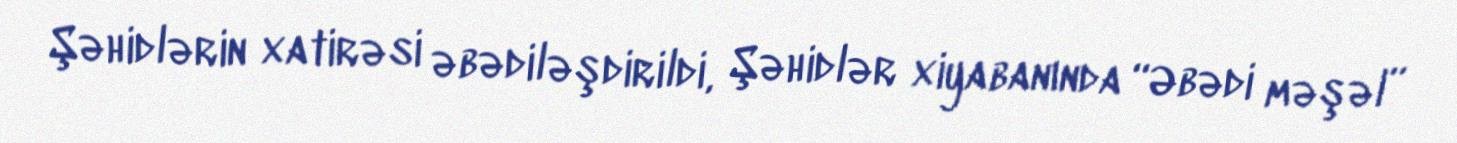
Şəhidlərin xatirəsi əbədiləşdirildi, Şəhidlər xiyabanında “Əbədi məşəl”